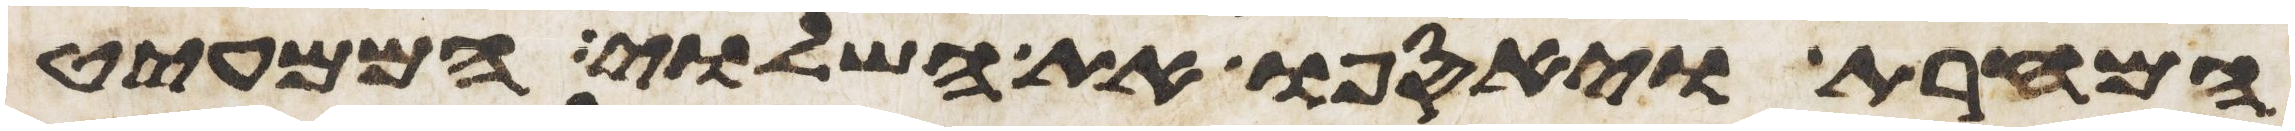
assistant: המחרת ויאספו את השלוי הממעיט